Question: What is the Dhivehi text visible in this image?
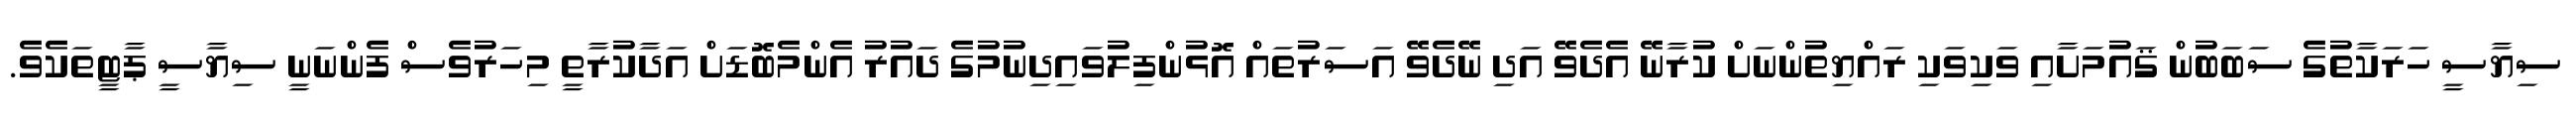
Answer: ސިޔާސީ ހަރަކާތުގެ ސަބަބުން ޤައުމަށާއި ވަކިވަކި ރައްޔިތުންނަށް ކުރާނޭ އެދެވޭ އަދި ނޭދެވޭ އަސަރުތައް އޮޅުންފިލުވައިދިނުމުގެ ދައުރު އެންމެބޮޑަށް އަދާކުރާތީ މިހަރުވެސް ފެންނަނީ ސިޔާސީ ޕާޓީތަކެވެ.